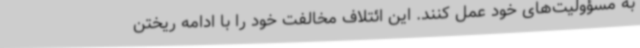
به مسؤولیت‌های خود عمل کنند. این ائتلاف مخالفت خود را با ادامه ریختن